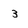
Character: 3